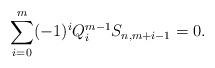
LaTeX: \begin{align*} \sum\limits_{i=0}^m (-1)^i Q_i^{m-1} S_{n,m+i-1} = 0.\end{align*}